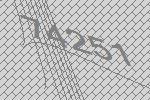
74251